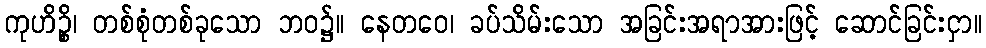
ကုဟိဉ္စိ၊ တစ်စုံတစ်ခုသော ဘဝ၌။ နေတဝေ၊ ခပ်သိမ်းသော အခြင်းအရာအားဖြင့် ဆောင်ခြင်းငှာ။